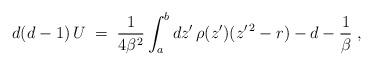
LaTeX: \begin{align*}d(d-1)\,U\;=\;{1\over 4\beta^2}\int_a^b dz^\prime \, \rho(z^\prime)(z^{\prime\,2}-r)-d-{1\over\beta}\;,\end{align*}